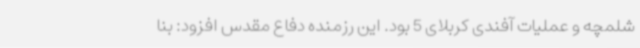
شلمچه و عملیات آفندی کربلای 5 بود. این رزمنده دفاع مقدس افزود: بنا